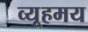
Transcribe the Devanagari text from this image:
व्यूहमय